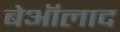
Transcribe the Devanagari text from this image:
बेऑलाद